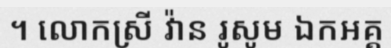
។ លោកស្រី វ៉ាន រូសូម ឯកអគ្គ